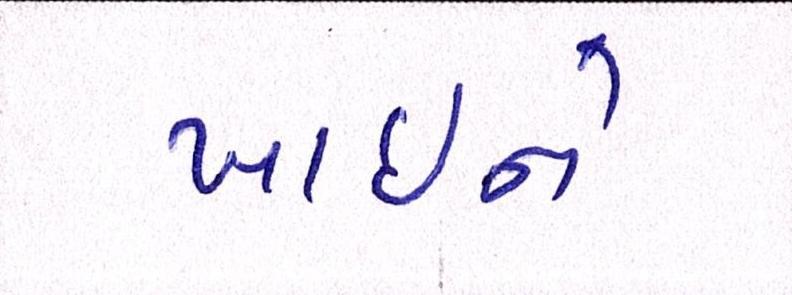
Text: ખાઇને